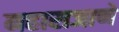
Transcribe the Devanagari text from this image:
महाराजाणे